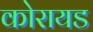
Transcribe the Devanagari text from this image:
कोरायड